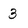
Character: 3